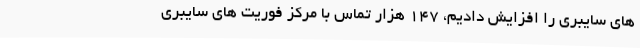
های سایبری را افزایش دادیم، ۱۴۷ هزار تماس با مرکز فوریت های سایبری